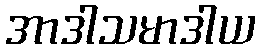
အာဒါသမာဒါယ